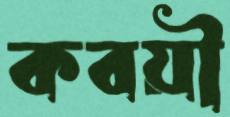
কবয়ী